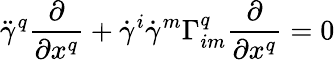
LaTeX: {\ddot{\gamma}}^{q}{\frac{\partial}{\partial x^{q}}}+{\dot{\gamma}}^{i}{\dot{\gamma}}^{m}\Gamma_{im}^{q}{\frac{\partial}{\partial x^{q}}}=0